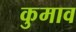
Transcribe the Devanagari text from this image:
कुमाव